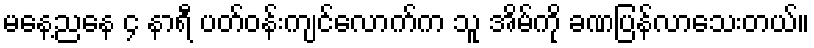
မနေ့ညနေ ၄ နာရီ ပတ်ဝန်းကျင်လောက်က သူ အိမ်ကို ခဏပြန်လာသေးတယ်။